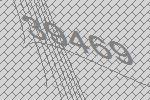
39469